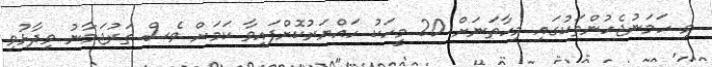
މި ހަމަނުޖެހުންތަކުގައި މިހާތަނަށް 20 މީހަކު ހައްޔަރުކޮށްފައިވާ ކަމަށް ވެސް ތަރުޖަމާނު ވިދާޅުވި